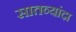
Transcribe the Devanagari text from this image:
सातव्यांदा